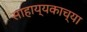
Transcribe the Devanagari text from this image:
साहाय्यकाच्या